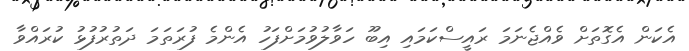
އެކަން އެގޮތަށް ވެއްޖެނަމަ ރައީސްކަމައި އިބޫ ހަވާލުވުމަށްފަހު އެންމެ ފުރަތަމަ ދަތުރުފުޅު ކުރައްވާ